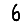
Digit: 6